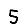
Digit: 5